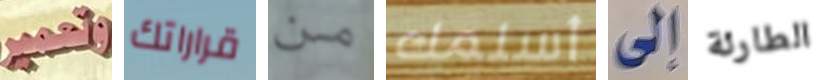
وتعمير قراراتك من أسلمك إلى الطارئة